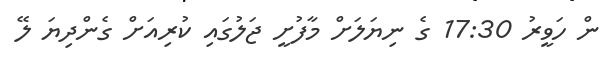
ން ހަވީރު 17:30 ގެ ނިޔަލަށް މާފުށީ ޖަލުގައި ކުރިއަށް ގެންދިޔަ ލޭ